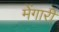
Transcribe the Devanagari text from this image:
मेंगारी